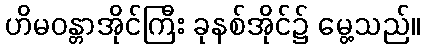
ဟိမဝန္တာအိုင်ကြီး ခုနစ်အိုင်၌ မွေ့သည်။